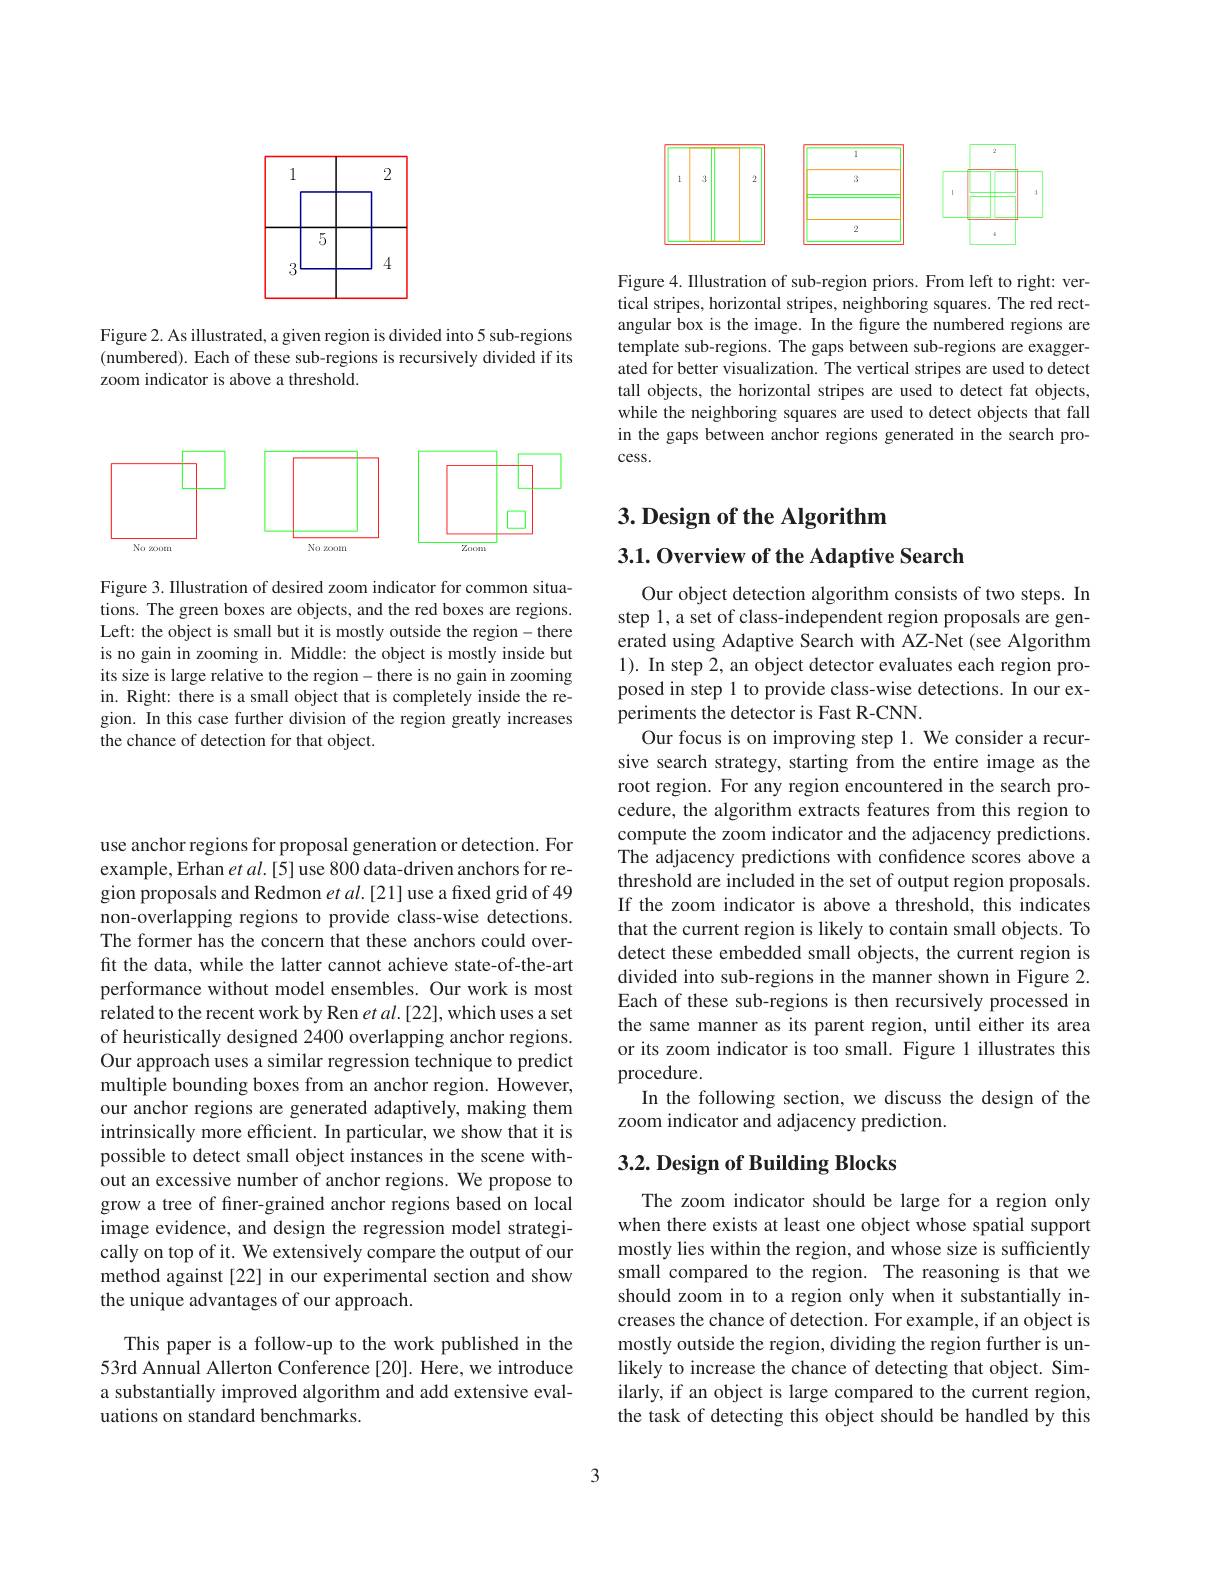
<FigureHere>

Figure 2. As illustrated, a given region is divided into 5 sub-regions (numbered). Each of these sub-regions is recursively divided if its zoom indicator is above a threshold.

<FigureHere>

Figure 3. IIlustration of desired zoom indicator for common situations. The green boxes are objects, and the red boxes are regions. Left: the object is small but it is mostly outside the region-there is no gain in zooming in. Middle: the object is mostly inside but its size is large relative to the region- there is no gain in zooming in. Right: there is a small object that is completely inside the region. In this case further division of the region greatly increases the chance of detection for that object.

<FigureHere>

Figure 4. Illustration of sub-region priors. From left to right: vertical stripes, horizontal stripes, neighboring squares. The red rectangular box is the image. In the figure the numbered regions are template sub-regions. The gaps between sub-regions are exaggerated for better visualization. The vertical stripes are used to detect tall objects, the horizontal stripes are used to detect fat objects, while the neighboring squares are used to detect objects that fall in the gaps between anchor regions generated in the search process.

$3. \textbf{Design of the Algorithm}$

3.1. Overview of the Adaptive Search

Our object detection algorithm consists of two steps. In step 1, a set of class-independent region proposals are generated using Adaptive Search with AZ-Net (see Algorithm 1). In step 2, an object detector evaluates each region proposed in step 1 to provide class-wise detections. In our experiments the detector is Fast R-CNN.
Our focus is on improving step 1. We consider a recursive search strategy, starting from the entire image as the root region. For any region encountered in the search procedure, the algorithm extracts features from this region to compute the zoom indicator and the adjacency predictions. The adjacency predictions with confidence scores above a threshold are included in the set of output region proposals. If the zoom indicator is above a threshold, this indicates that the current region is likely to contain small objects. To detect these embedded small objects, the current region is divided into sub-regions in the manner shown in Figure 2. Each of these sub-regions is then recursively processed in the same manner as its parent region, until either its area or its zoom indicator is too small. Figure 1 illustrates this procedure.
In the following section, we discuss the design of the
zoom indicator and adjacency prediction.

## $3. 2. \textbf{ Design of Building Blocks}$

The zoom indicator should be large for a region only when there exists at least one object whose spatial support mostly lies within the region, and whose size is sufficiently small compared to the region. The reasoning is that we should zoom in to a region only when it substantially increases the chance of detection. For example, if an object is mostly outside the region, dividing the region further is unlikely to increase the chance of detecting that object. Similarly, if an object is large compared to the current region, the task of detecting this object should be handled by this

use anchor regions for proposal generation or detection. For example, Erhan $etal.[5]$ use 800 data-driven anchors for region proposals and Redmon $etal.[21]$ use a fixed grid of 49 non-overlapping regions to provide class-wise detections. The former has the concern that these anchors could overfit the data, while the latter cannot achieve state-of-the-art performance without model ensembles. Our work is most related to the recent work by Ren $etal.[22]$,which uses a set of heuristically designed 2400 overlapping anchor regions. Our approach uses a similar regression technique to predict multiple bounding boxes from an anchor region. However, our anchor regions are generated adaptively, making them intrinsically more efficient. In particular, we show that it is possible to detect small object instances in the scene without an excessive number of anchor regions. We propose to grow a tree of finer-grained anchor regions based on local image evidence, and design the regression model strategically on top of it. We extensively compare the output of our method against[22] in our experimental section and show the unique advantages of our approach.

This paper is a follow-up to the work published in the 53rd Annual Allerton Conference [20]. Here, we introduce a substantially improved algorithm and add extensive evaluations on standard benchmarks.

3